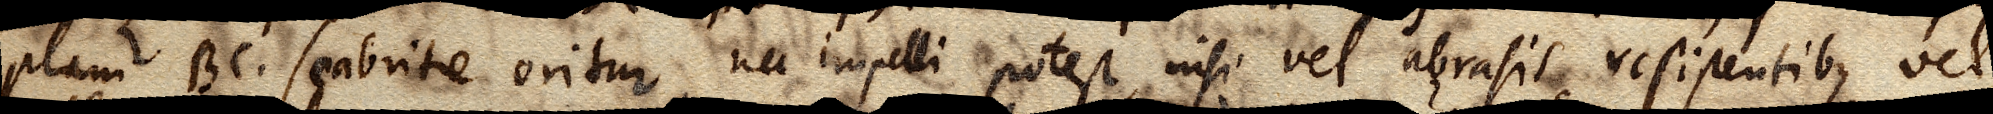
plani BC scabritie oritur, nec impelli potest, nisi vel abrasis resistentibus vel